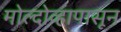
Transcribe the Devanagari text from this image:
मोल्दोव्हापासून